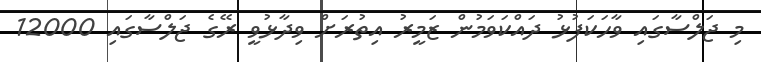
މި ޖަލްސާގައި ވާހަކަފުޅު ދައްކަވަމުން ޒަމީރު އިތުރަށް ވިދާޅުވީ ރޭގެ ޖަލްސާގައި 12000